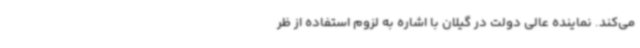
می‌کند. نماینده عالی دولت در گیلان با اشاره به لزوم استفاده از ظر